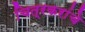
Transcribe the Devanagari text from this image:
चित्रकरांचे